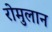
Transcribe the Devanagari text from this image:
रोमुलान